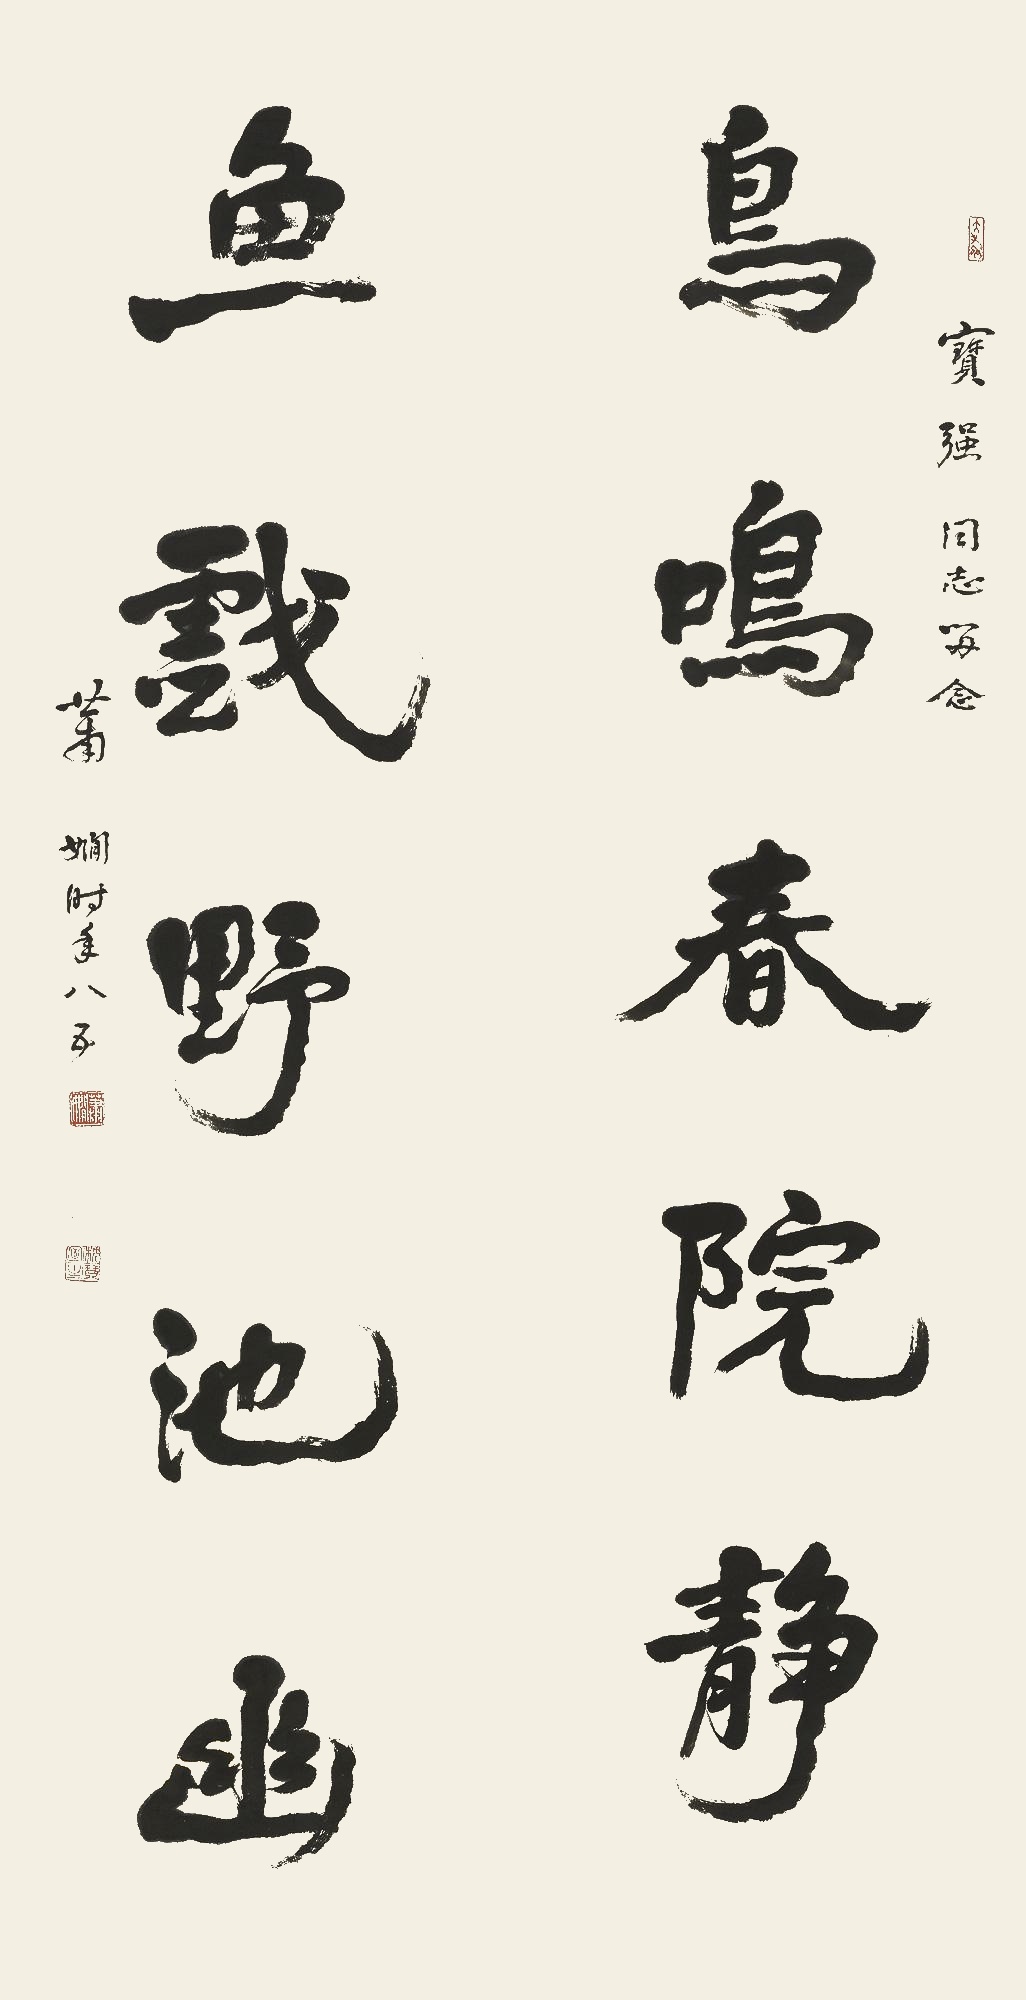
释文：鸟鸣春院静，鱼戏野池幽。宝强同志留念，萧娴时年八五。